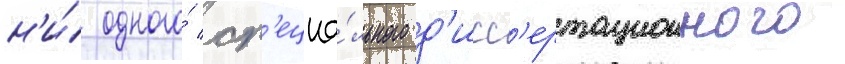
н'и́ одного́ сп'ециа́льного д'исс'ертационного